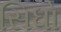
સિધો